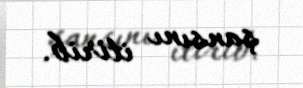
şansını itirib.